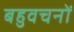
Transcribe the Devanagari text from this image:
बहुवचनों